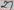
Text: 27